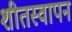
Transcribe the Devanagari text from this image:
शीतस्वापन